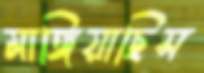
মাঙ্গিয়াছিস